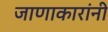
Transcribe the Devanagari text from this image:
जाणाकारांनी